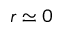
r \simeq 0